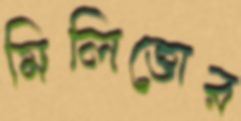
মিলিত্তোর